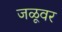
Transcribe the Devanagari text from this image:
जळूवर